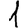
Digit: 1